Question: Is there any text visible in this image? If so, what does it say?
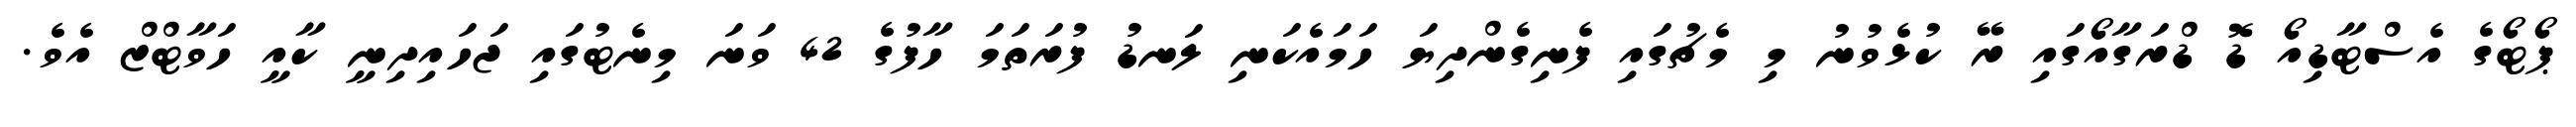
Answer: ޕޯޓޯގެ އެސްޓާޑިއޯ ޑޮ ޑްރަގާއޯގައި ރޭ ކުޅެވުނު މި މެޗުގައި ފެނިގެންދިޔަ ހަމައެކަނި ލަނޑު ފުރަތަމަ ހާފުގެ 42 ވަނަ މިނެޓުގައި ޖަހައިދިނީ ކާއީ ހަވާޓްޒް އެވެ.